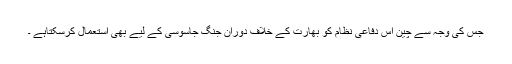
جس کی وجہ سے چین اِس دفاعی نظام کو بھارت کے خلاف دورانِ جنگ جاسوسی کے لیے بھی استعمال کرسکتاہے ۔